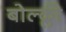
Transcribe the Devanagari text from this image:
बोल्क्ली